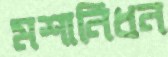
মশানিধন